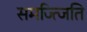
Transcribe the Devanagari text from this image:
समज्त्जिति